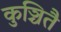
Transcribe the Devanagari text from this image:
कुञ्चितै